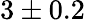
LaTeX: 3\pm 0.2